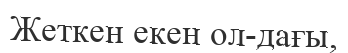
Жеткен екен ол-дағы,